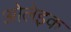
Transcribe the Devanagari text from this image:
ओलेइक